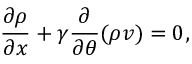
\frac { \partial \rho } { \partial x } + \gamma \frac { \partial } { \partial \theta } ( \rho v ) = 0 ,